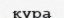
құра